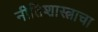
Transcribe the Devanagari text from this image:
नीतिशास्त्राचा